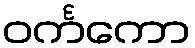
ဝင်္ကကော